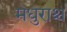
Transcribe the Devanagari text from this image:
मधुराश्च